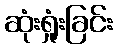
ဆုံးရှုံးခြင်း